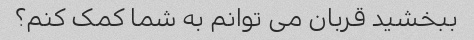
ببخشید قربان می توانم به شما کمک کنم؟